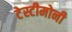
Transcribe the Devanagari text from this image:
टेस्टीमोनी